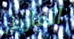
المارينز